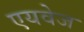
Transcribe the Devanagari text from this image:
एयवेज